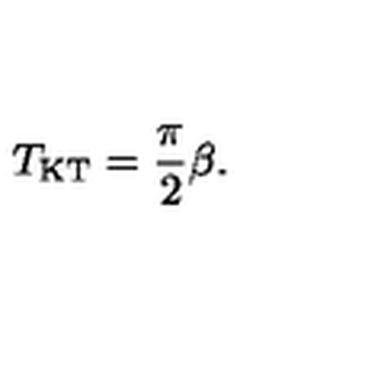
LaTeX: T _ { \mathrm { K T } } = \frac { \pi } { 2 } \beta .